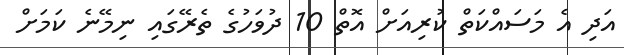
އަދި އެ މަސައްކަތް ކުރިއަށް އޮތް 10 ދުވަހުގެ ތެރޭގައި ނިމޭނެ ކަމަށް